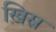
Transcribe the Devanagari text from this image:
ख़िस्र